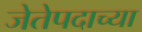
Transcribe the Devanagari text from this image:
जेतेपदाच्या